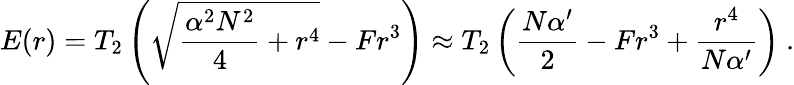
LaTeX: E(r)=T_{2}\left(\sqrt{{\frac{\alpha^{2}N^{2}}{4}}+r^{4}}-Fr^{3}\right)\approx T_{2}\left({\frac{N\alpha^{\prime}}{2}}-Fr^{3}+{\frac{r^{4}}{N\alpha^{\prime}}}\right)\ .